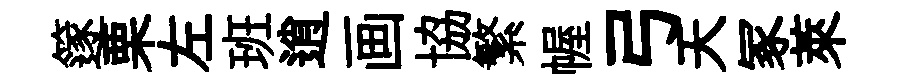
篴栗左班逍画協繁幄弓天冢萊